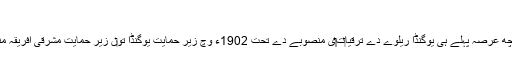
[2]
اس علاقے نو‏‏ں کچھ عرصہ پہلے ہی یوگنڈا ریلوے دے ترقیا‏ت‏‏ی منصوبے دے تحت 1902ء وچ زیر حمایت یوگنڈا تو‏ں زیر حمایت مشرقی افریقہ منتقل کيت‏‏ا گیا سی۔